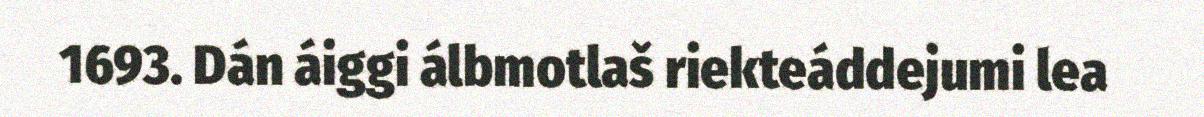
1693. Dán áiggi álbmotlaš riekteáddejumi lea